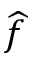
\widehat { f }